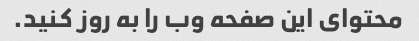
محتوای این صفحه وب را به روز کنید.